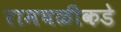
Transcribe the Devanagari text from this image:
रामघळीकडे